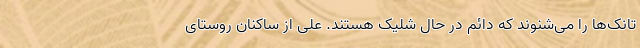
تانک‌ها را می‌شنوند که دائم در حال شلیک هستند. علی از ساکنان روستای